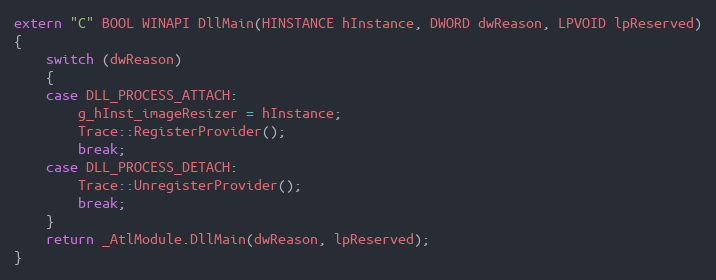
Language: C++
extern "C" BOOL WINAPI DllMain(HINSTANCE hInstance, DWORD dwReason, LPVOID lpReserved)
{
    switch (dwReason)
    {
    case DLL_PROCESS_ATTACH:
        g_hInst_imageResizer = hInstance;
        Trace::RegisterProvider();
        break;
    case DLL_PROCESS_DETACH:
        Trace::UnregisterProvider();
        break;
    }
    return _AtlModule.DllMain(dwReason, lpReserved);
}